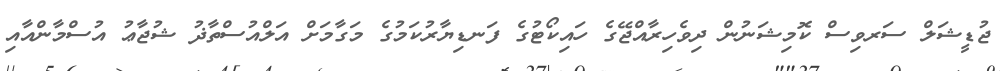
ޖުޑީޝަލް ސަރވިސް ކޮމިޝަނުން ދިވެހިރާއްޖޭގެ ހައިކޯޓުގެ ފަނޑިޔާރުކަމުގެ މަގާމަށް އަލްއުސްތާޛު ޝުޖާޢު އުސްމާންއާއި